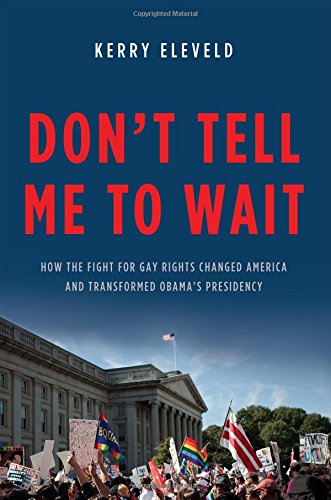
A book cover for Don't Tell Me to Wait: How the Fight for Gay Rights Changed America and Transformed ObamaEEs Presidency; Kerry Eleveld; Gay & Lesbian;